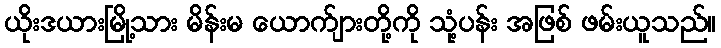
ယိုးဒယားမြို့သား မိန်းမ ယောက်ျားတို့ကို သုံ့ပန်း အဖြစ် ဖမ်းယူသည်။